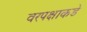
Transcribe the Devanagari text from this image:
वरपक्षाकडे